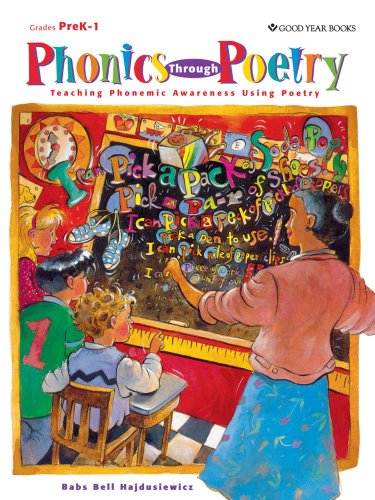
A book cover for Phonics Through Poetry: Teaching Phonemic Awareness Using Poetry; Babs Bell Hajdusiewicz; Reference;